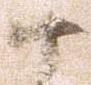
十